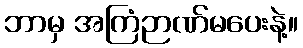
ဘာမှ အကြံဉာဏ်မပေးနဲ့။